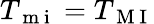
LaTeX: T_{\mathrm{~m~i~}}=T_{\mathrm{~M~I~}}